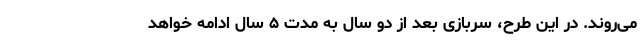
می‌روند. در این طرح، سربازی بعد از دو سال به مدت ۵ سال ادامه خواهد